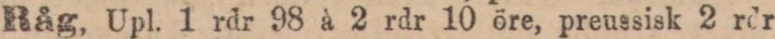
Råg, Upl. 1 rdr. 98 à 2 rdr 10 öre, preussisk 2 rdr